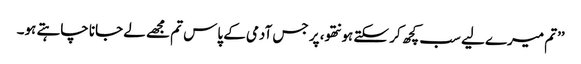
’’تم میرے لیے سب کچھ کر سکتے ہو نتھو، پر جس آدمی کے پاس تم مجھے لے جانا چاہتے ہو۔